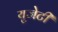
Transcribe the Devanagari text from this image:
युजेटी